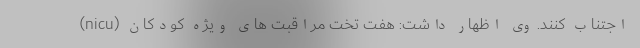
اجتناب کنند. وی اظهار داشت: هفت تخت مراقبت های ویژه کودکان (nicu)